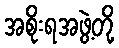
အစိုးရအဖွဲ့တို့